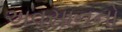
અવસાનનો